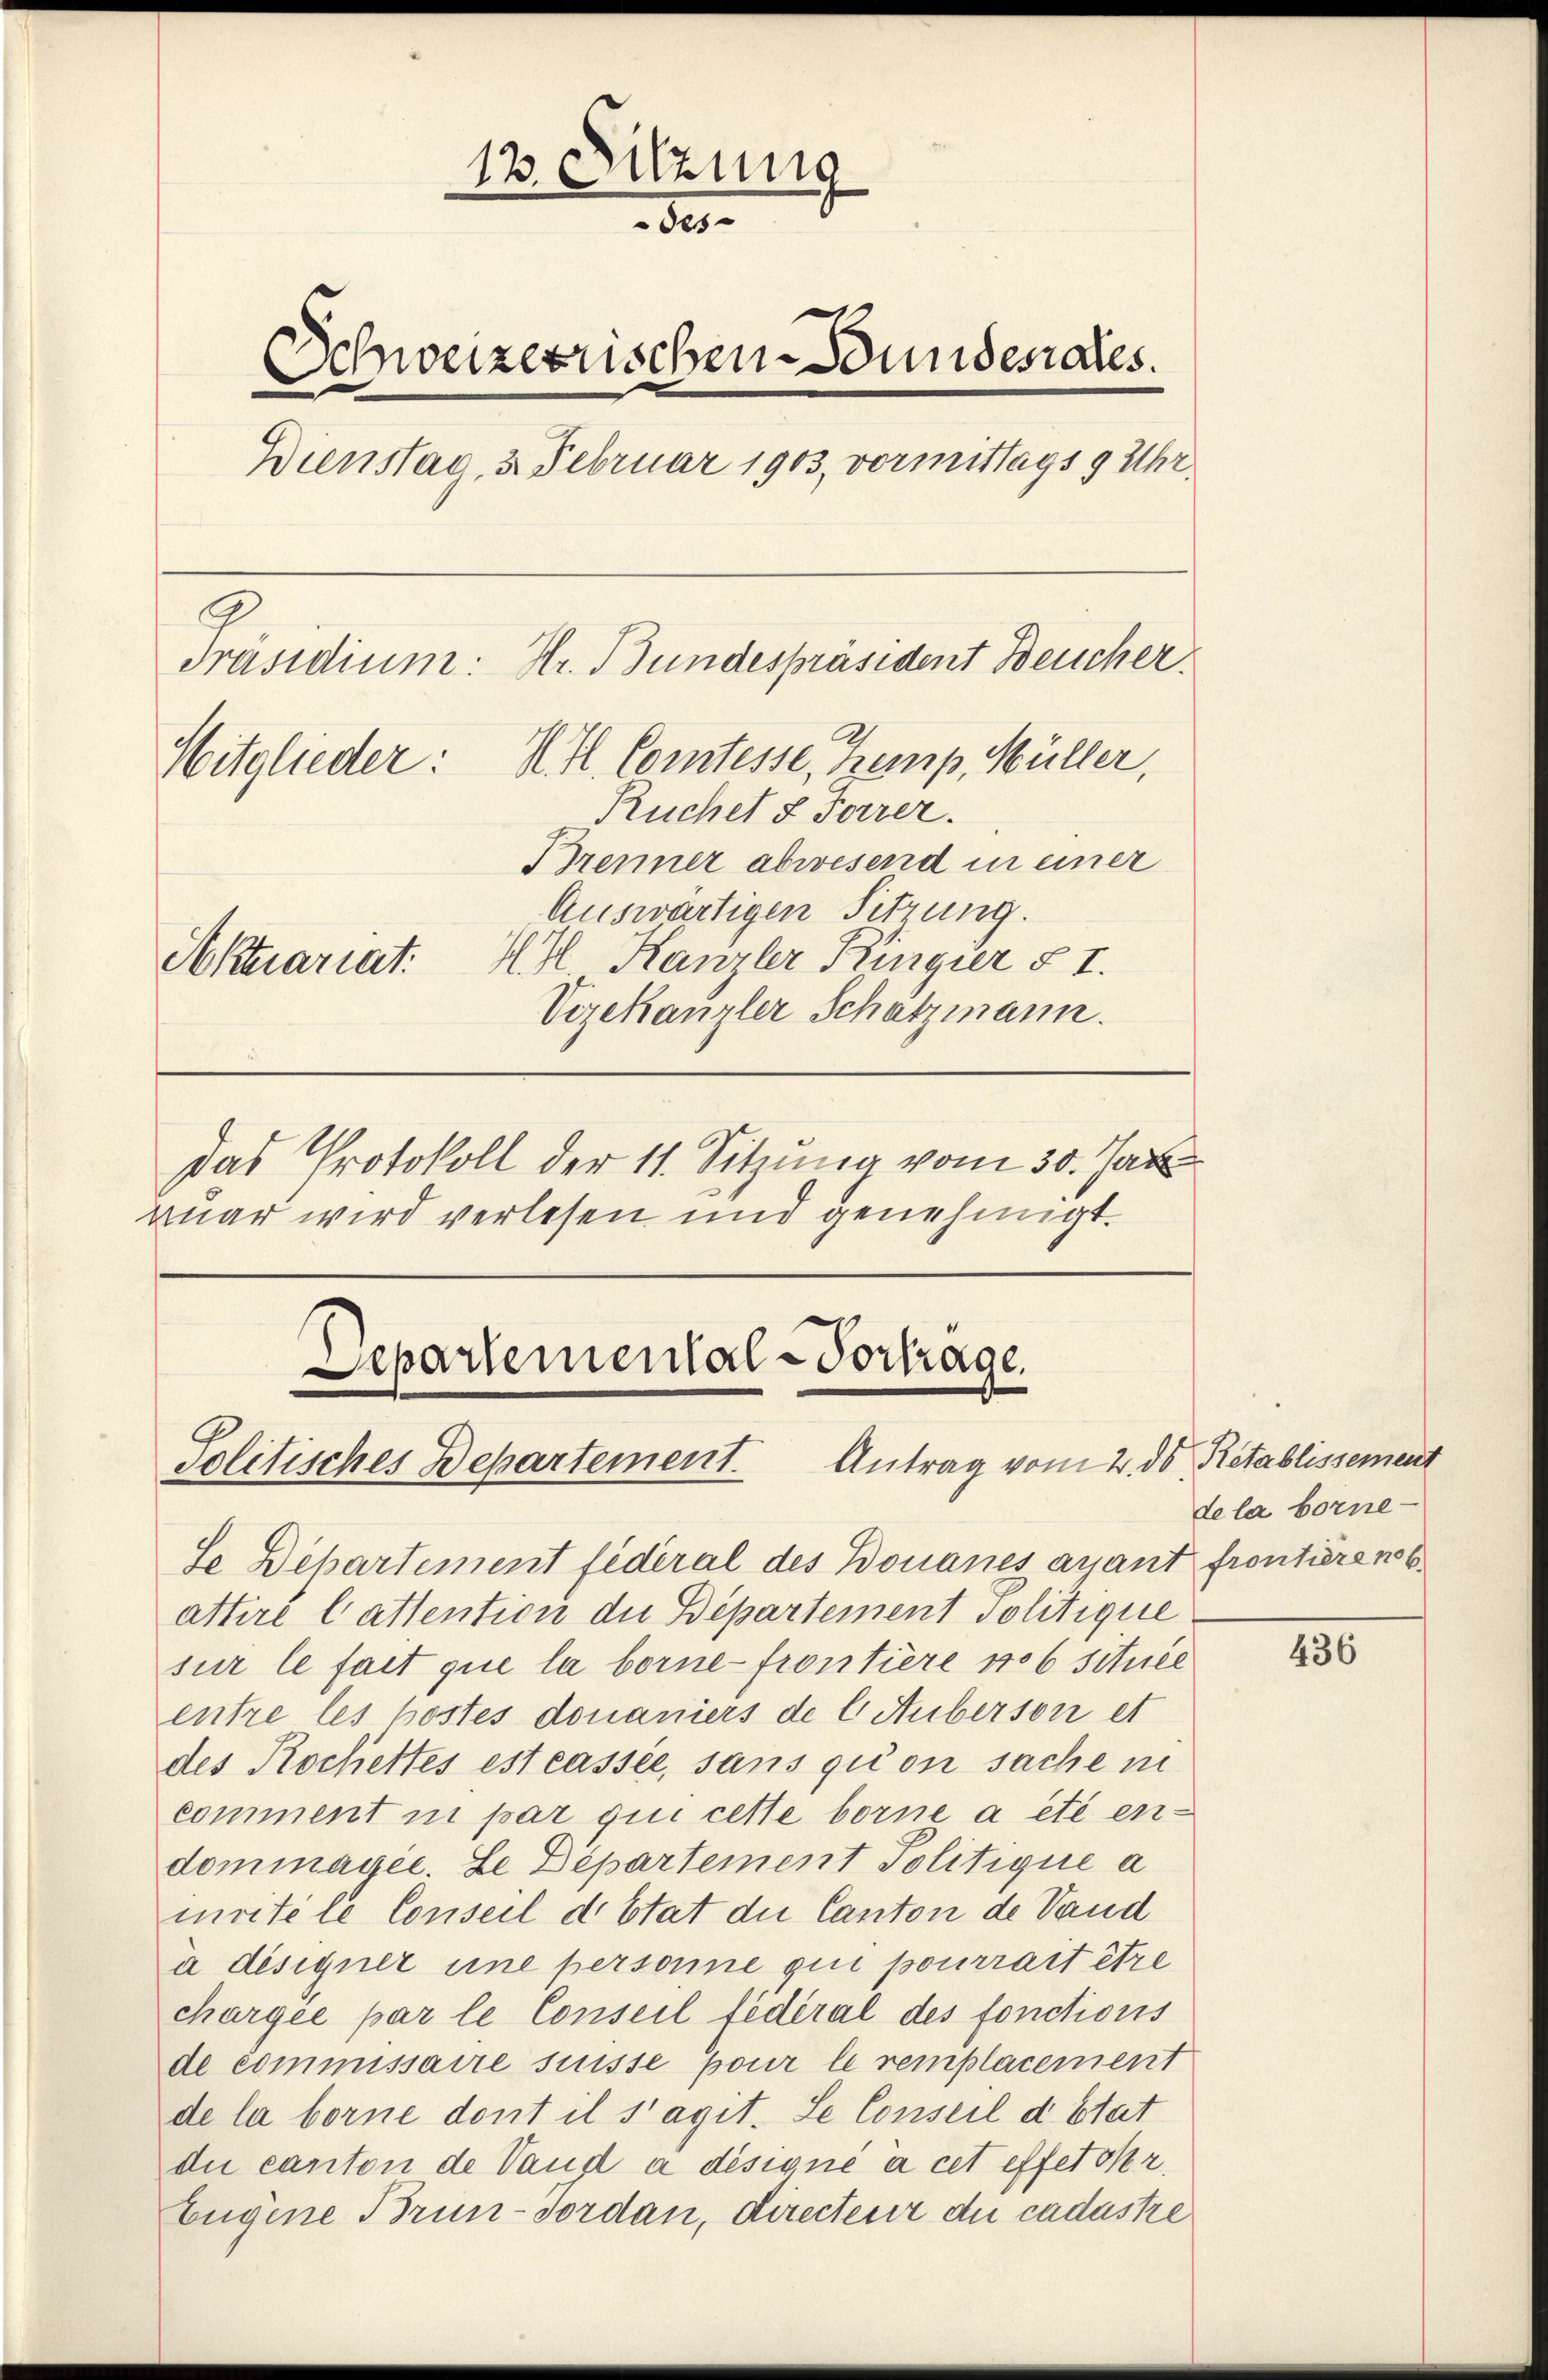
13. Sitzung
80.
Schweizerrischen Bundesrates.
Dienstag, 3. Februar 1903, vormittags 9 Uhr.
Präsidium: Hr. Bundespräsident Deucher
Mitglieder: H. fl. Comtesse, Kemp, Müller,
Ruchel & Forrer.
Brenner abwesend in einer
Auswärtigen Sitzung.
Aktuariat. II Kanzler Ringier § I.
Vizekanzler Schatzmann.
Das Protokoll der 11. Sitzung vom 30. Jan

ruar wird verlesen und genehmigt.

Separtemental-Vortrage.
Politisches Departement. Antrag vom 2. ds Retablissement

Se Departement fideral des Bonanes quant frontiren.
attire Cattention die Bepartement Politique
sur le fait que la borne-frontiere No 6 située
entre les kostes donaniers de l. Auberson et
des Kochettes est cassée, sans quon sache in
comment in par qui cette borne a été endominayee. Le Departement Politique a
imritéle Conseil d Etat die Canton de Vand
a désigner une personne qui pourrait être
chargée par le Conseil fédéral des fonctions
de commissaire suisse pour le remplacement
de la borne dont il s’agit. Se Conseil d stat
die canton de Vaud a désigné à cet effetober.
Eugene Brun-dordan, Directeur die cadastre

dela borne-

436